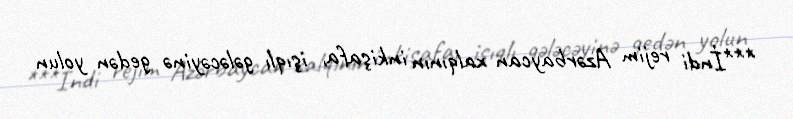
***İndi rejim Azərbaycan xalqının inkişafa, işıqlı gələcəyinə gedən yolun